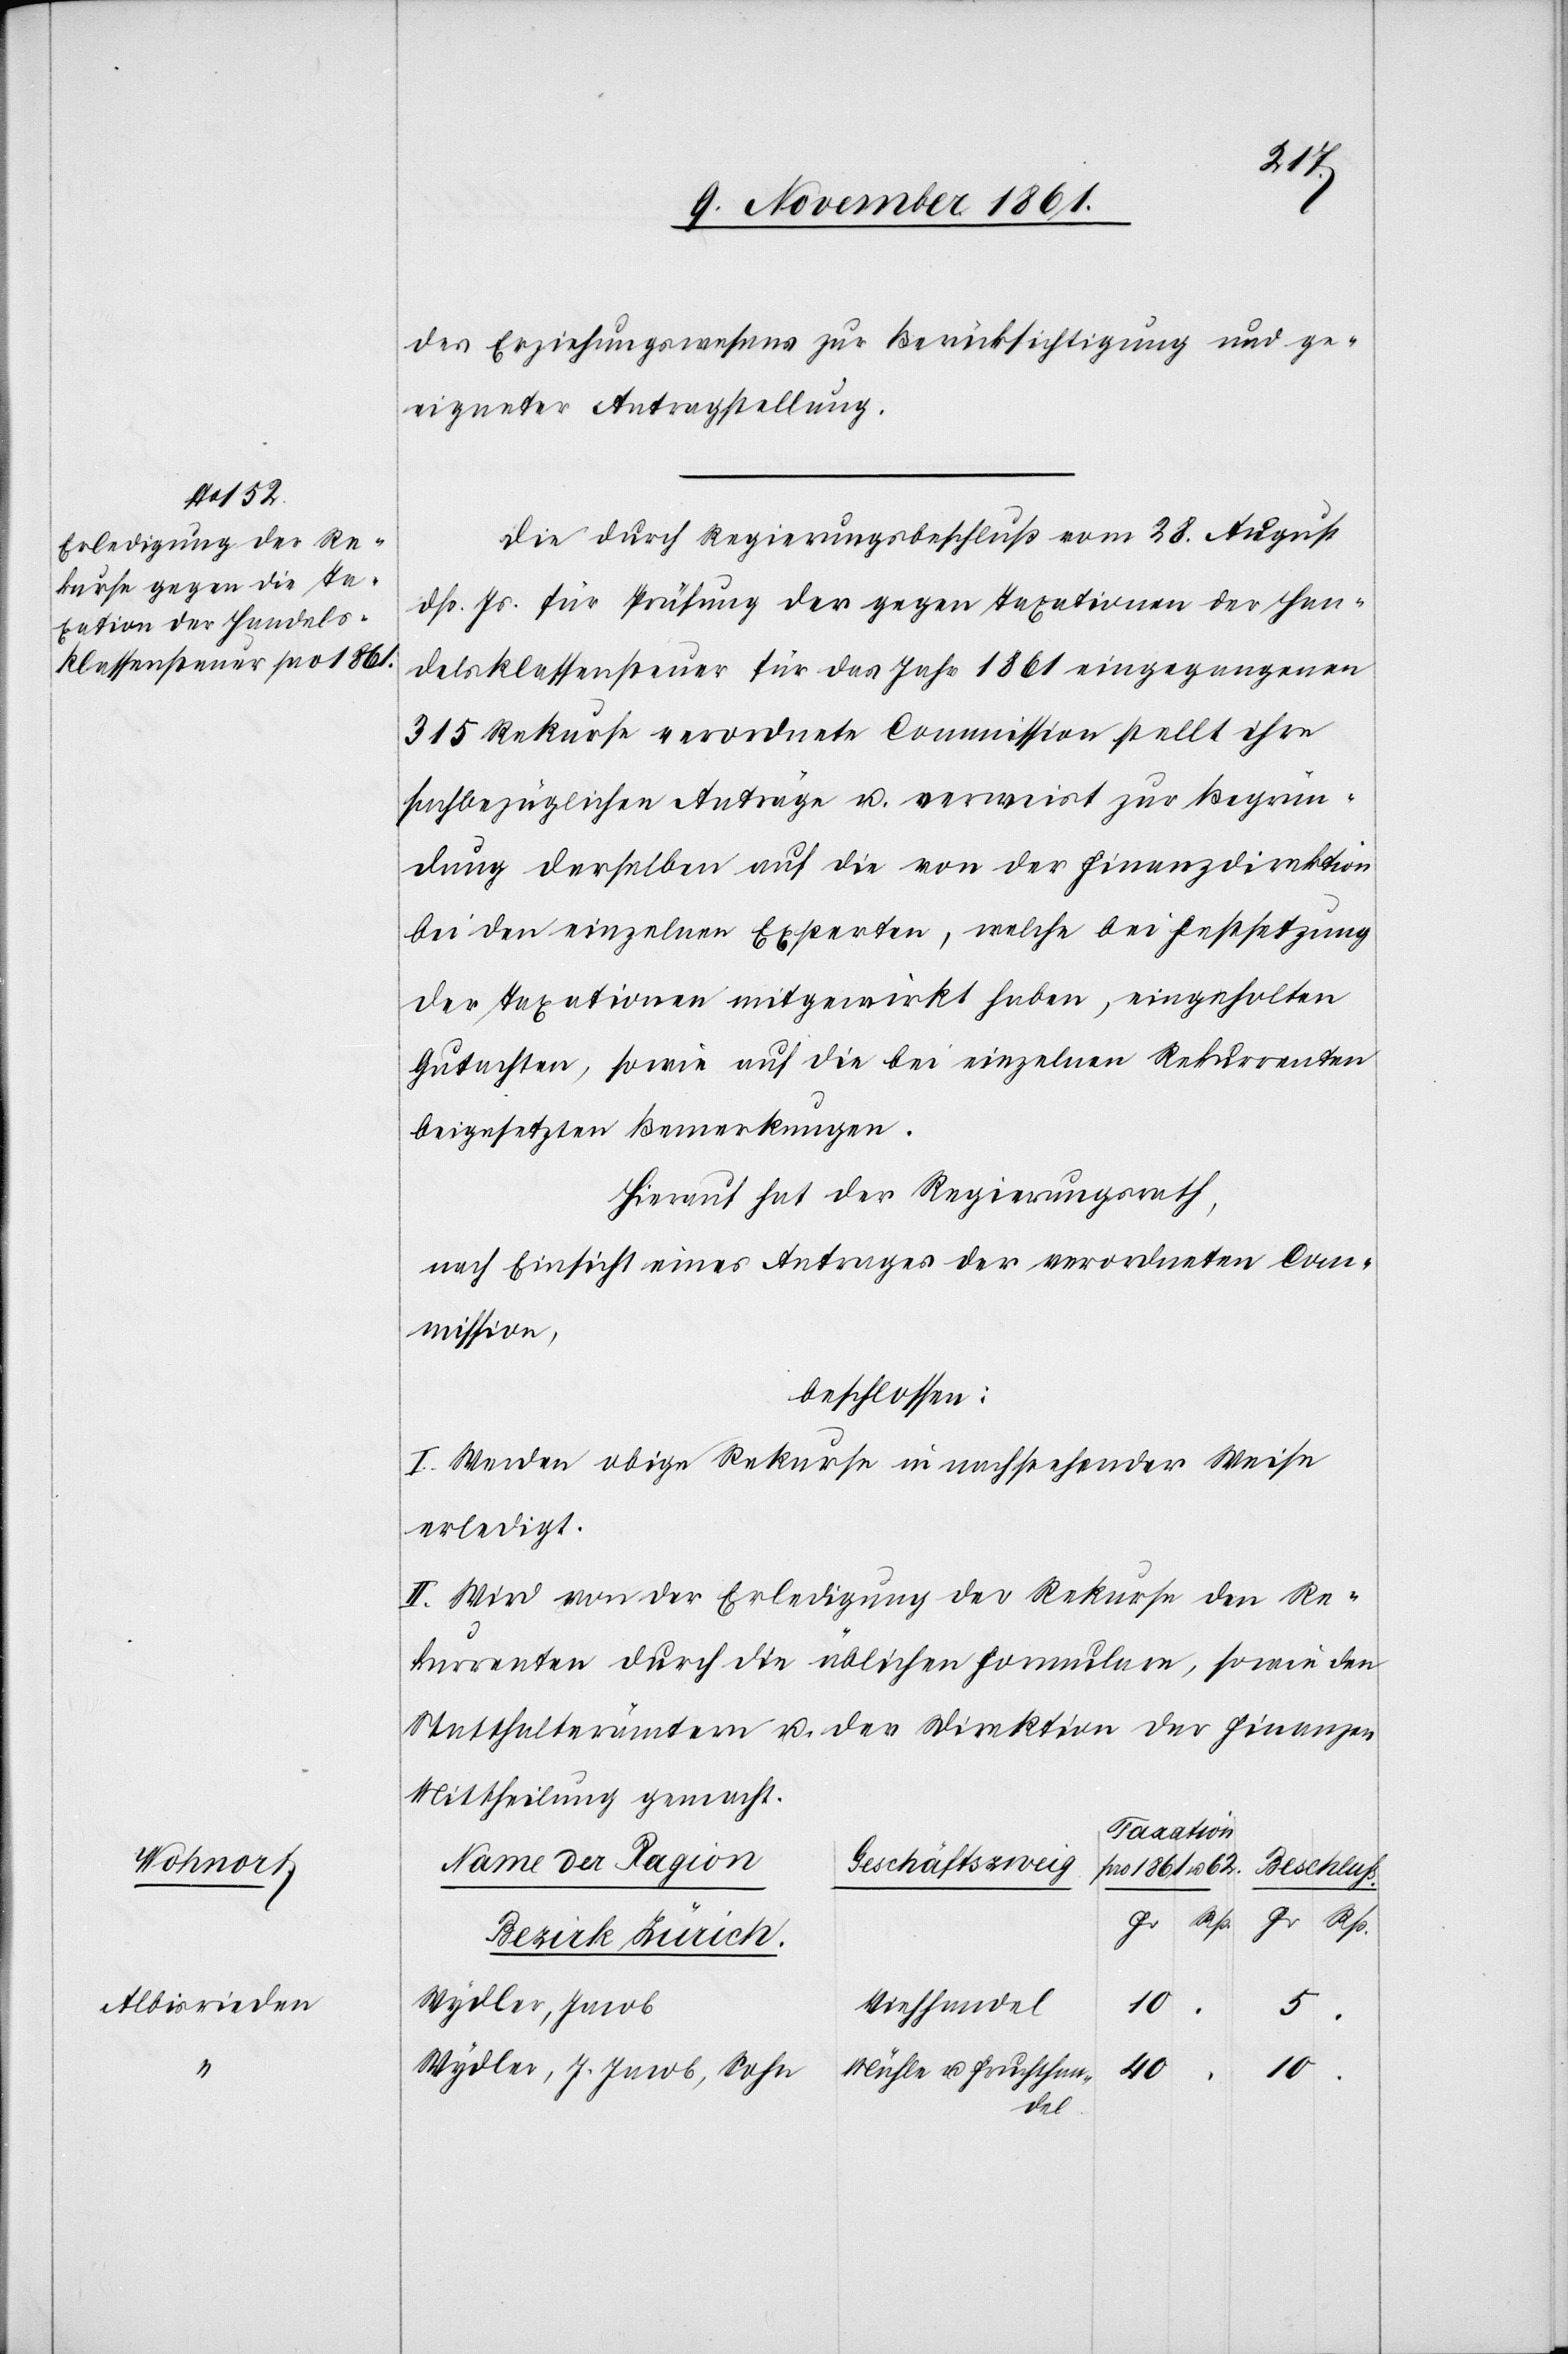
Be schluß.
Albisrieden

des Erziehungswesens zur Berücksichtigung und ge¬
eigneter Antragstellung.
Die durch Regierungsbeschluss vom 28. August
dss. Js. für Prüfung der gegen Taxation der Han¬
delsklassensteuer für das Jahr 1861 eingegangenen
315 Rekurse verordnete Commission stellt ihre
sachbezüglichen Anträge u. verweist zur Begrün¬
dung derselben auf die von der Finanzdirektion
bei den einzelnen Experten, welche bei Festsetzung
der Taxationen mitgewirkt haben, eingeholten
Gutachten, sowie auf die bei einzelnen Rekurrenten
beigesetzten Bemerkungen.
Hierauf hat der Regierungsrath,
nach Einsicht eines Antrages der verordneten Com¬
mission,
beschlossen:
I. Werden obige Rekurse in nachstehender Weise
erledigt.
II. Wird von der Erledigung der Rekurse den Re¬
kurrenten durch die üblichen Formulare, sowie den
Statthalterämtern u. der Direktion der Finanzen
Mittheilung gemacht.
Taxation
Name der Ragion
Geschäftszweig
Fr. /
Rp.
Bezirk Zürich.
Wydler, Jakob
Viehhandel
Wydler, J. Jacob, Sohn
Mühle u. Fruchthan¬
40
10
5
del